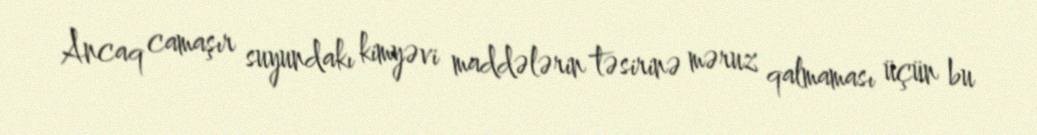
Ancaq camaşır suyundakı kimyəvi maddələrin təsirinə məruz qalmaması üçün bu